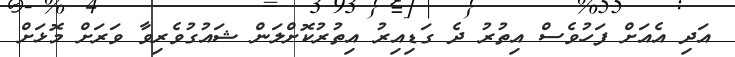
އަދި އެއަށް ފަހުވެސް އިތުރު ދެ ގަޑިއިރު އިތުރުކޮށްލަން ޝައުގުވެރިވާ ވަރަށް މޮޅަށް